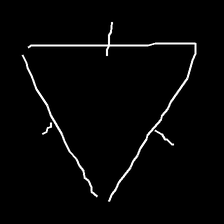
Glyph: fire